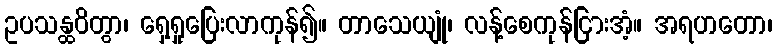
ဥပသန္ထဝိတွာ၊ ရှေ့ရှုပြေးလာကုန်၍။ တာသေယျုံ၊ လန့်စေကုန်ငြားအံ့။ အရဟတော၊